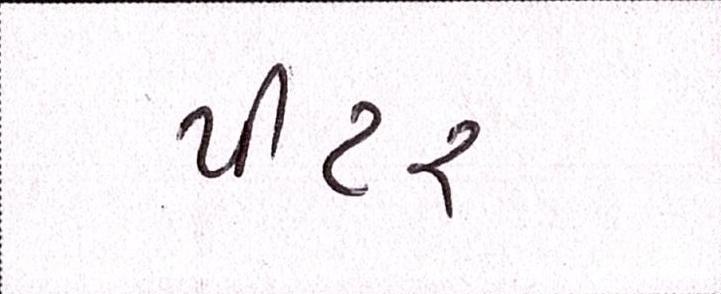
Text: પીટર